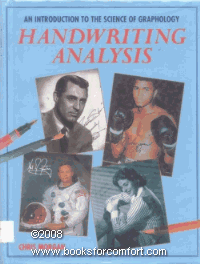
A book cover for Handwriting Analysis: An Introduction to the Science of Graphology; Chris Morgan; Self-Help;